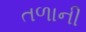
તળાની